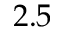
2 . 5